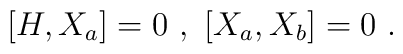
[H, X_a]=0\ ,\ [X_a, X_b]=0\ .